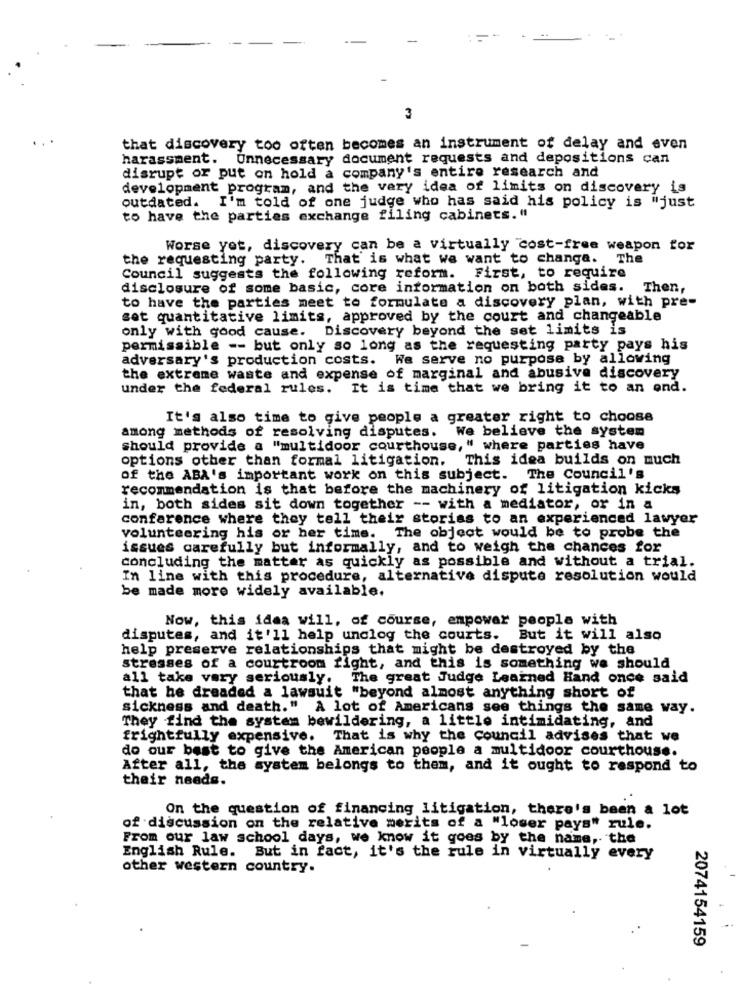
3
that discovery too often becomes an instrument of delay and even
harassment. Unnecessary document requests and depositions can
disrupt or put on hold a company's entire research and
development program, and the very idea of limits on discovery is
outdated. I'm told of one judge who has said his policy is "just
to have the parties exchange filing cabinets. "
Worse yet, discovery can be a virtually cost-free weapon for
the requesting party. That is what we want to change. The
Council suggests the following reform. First, to require
disclosure of some basic, core information on both sides. Then,
to have the parties meet to formulate a discovery plan, with pre-
set quantitative limits, approved by the court and changeable
only with good cause. Discovery beyond the set limits is
permissible -- but only so long as the requesting party pays his
adversary's production costs. We serve no purpose by allowing
the extreme waste and expense of marginal and abusive discovery
under the federal rules.
It is time that we bring it to an end.
It's also time to give people a greater right to choose
among methods of resolving disputes. We believe the system
should provide a "multidoor courthouse, " where parties have
options other than formal litigation.
This idea builds on much
of the ABA's important work on this subject. The Council's
recommendation is that before the machinery of litigation kicks
in, both sides sit down together -- with a mediator, or in a
conference where they tell their stories to an experienced lawyer
volunteering his or her time. The object would be to probe the
issues carefully but informally, and to weigh the chances for
concluding the matter as quickly as possible and without a trial.
In line with this procedure, alternative dispute resolution would
be made more widely available.
Now, this idea will, of course, empower people with
disputes, and it'll help unclog the courts. But it will also
help preserve relationships that might be destroyed by the
stresses of a courtroom fight, and this is something we should
all take very seriously.
The great Judge Learned Hand once said
that he dreaded a lawsuit "beyond almost anything short of
sickness and death." A lot of Americans see things the same way.
They find the system bewildering, a little intimidating, and
frightfully expensive. That is why the council advises that we
do our best to give the American people a multidoor courthouse.
After all, the system belongs to them, and it ought to respond to
their needs.
On the question of financing litigation, there's been a lot
of discussion on the relative merits of a "lower pays" rule.
From our law school days, we know it goes by the name, the
English Rule. But in fact, it's the rule in virtually every
other western country.
2074154159